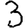
Digit: 3